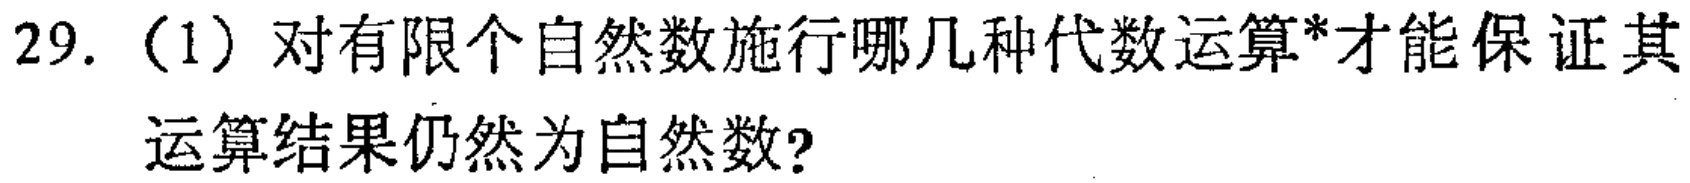
29.（1）对有限个自然数施行哪几种代数运算*才能保证其运算结果仍然为自然数?